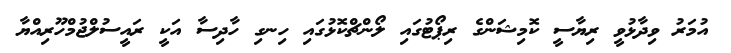
އުމަރު ވިދާޅުވީ ރިޔާސީ ކޮމިޝަންގެ ރިޕޯޓުގައި ލޯންޗްކޮޅުގައި ހިނގި ހާދިސާ އަކީ ރައީސުލްޖުމްހޫރިއްޔާ